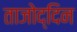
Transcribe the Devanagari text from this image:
ताजोद्दिन